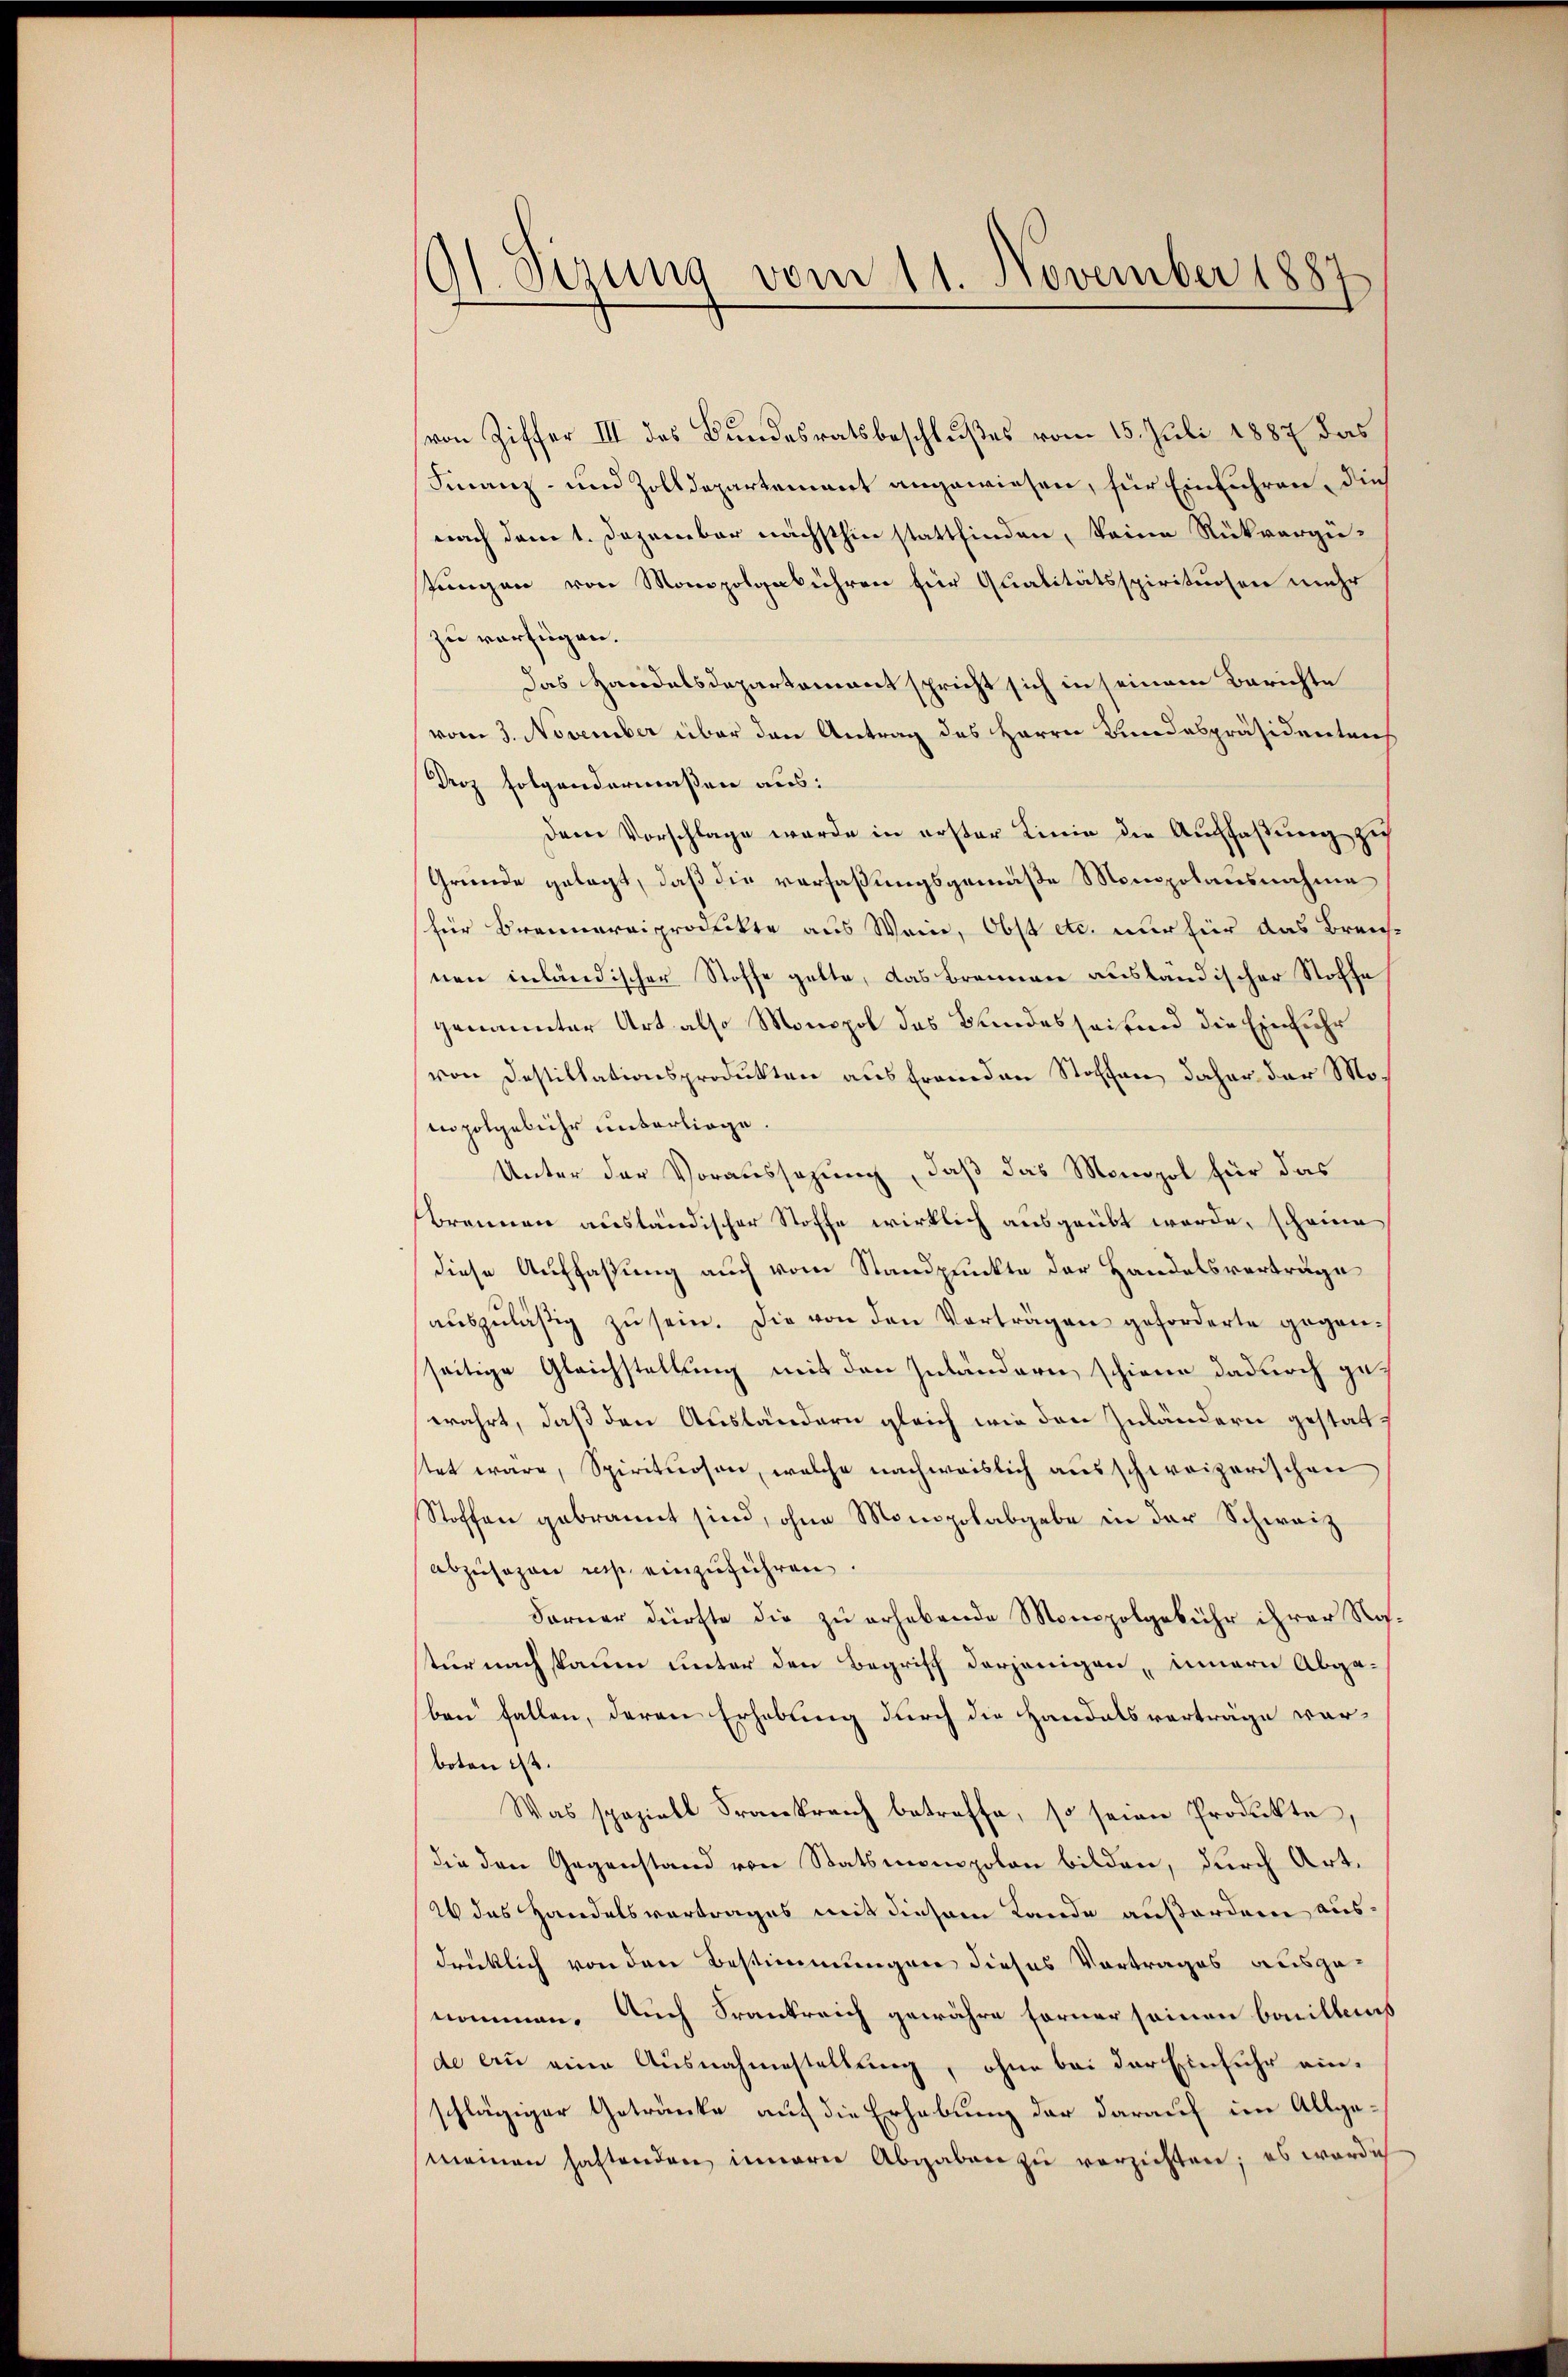
Sizung vom 11. November 1887
¬

von Ziffer III des Bundesratsbeschlußes vom 15. Juli 1887 das
Finanz- und Zolldepartement angewiesen, für Einführen, dies
nach dem 1. Dezember nächsthin stattfinden, keine Rückvergütungen von Monopolgebühren für Qualitätsspirituosen mehr
zu verfügen.
das Handelsdepartement spricht sich in seinem Berichte
vom 3. November über den Antrag des Herrn Bundespräsidentens
Droz folgendermaßen aus:
dem Vorschlage wurde in erster Linie die Auffaßung zu
Gründe gelegt, daß die verfaßungsgemäße Monopolausnahme
(für Brennereiprodukte aus Wein, Obst etc. nur für das Brennen inländischer Stoffe gelte, das Brennen ausländischer Stoffe
genannter Art also Monopol des Bundesseitend die Einfuhr
von Destillationsprodukten aus fremden Stoffen daher der Monopolgebühr unterliege.
Unter der Voraussezung, daß das Monopol für das
Brennen ausländischer Stoffe wirklich ausgeübt werde, scheine
diese Auffassung auch vom Standpunkte der Handelsverträge
aŭszŭläsig zŭ sein. Die von den Vorträgen geforderte gegenseitige Gleichstellung mit den Zuländern schiene dadurch gewahrt, daß den Ausländern gleich wie den Zuländern gestatttet wäre, Spirituosen, welche nachweislich ausschweizerischen
Stoffen gebrannt sind, ohne Monopolabgabe in der Schweiz
abzusagen resp. einzuführen.
Forner dürfte die zu erhebende Monopolgebühr ihrer Rosstur nachsaum unter den Begriff derjenigen, innern Abgaben fallen, deren Erhebung durch die Handelsvorträge vorboten ist.
Was spaziell Frankreich betreffe, so seien Produkte,
die den Gegenstand von Statsmonopolon bilden, durch Art.
2 das Handelsvertrages mit diesem Lande außerden ausdrücklich von den Bestimmungen dieses Vortrages ausgenommen. Auch Frankreich gewähre ferner seinen baillens
de an eine Ausnahmestellung, ohne bei der Einfuhr einschlägiger Getränke auf die Erhebung der darauf im Allgemeinen haltenden innern Abgaben zu verzichten; es wardich